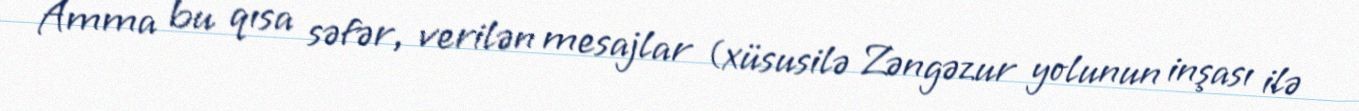
Amma bu qısa səfər, verilən mesajlar (xüsusilə Zəngəzur yolunun inşası ilə